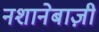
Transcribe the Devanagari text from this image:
नशानेबाज़ी